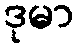
ဒုမာ